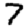
Digit: 7